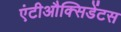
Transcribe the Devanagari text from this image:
एंटीऔक्सिडेंटस